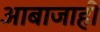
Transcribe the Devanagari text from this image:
आबाजाही